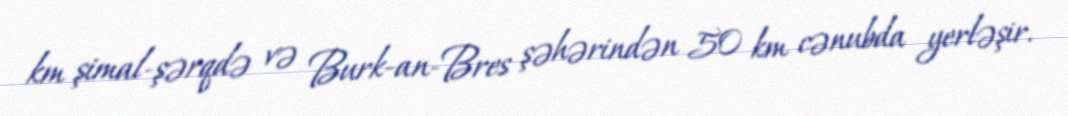
km şimal-şərqdə və Burk-an-Bres şəhərindən 50 km cənubda yerləşir.